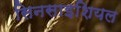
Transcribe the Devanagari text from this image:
सिनसाइशियल